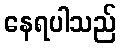
နေရပါသည်